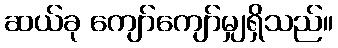
ဆယ်ခု ကျော်ကျော်မျှရှိသည်။